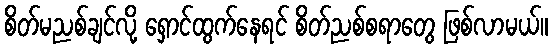
စိတ်မညစ်ချင်လို့ ရှောင်ထွက်နေရင် စိတ်ညစ်စရာတွေ ဖြစ်လာမယ်။